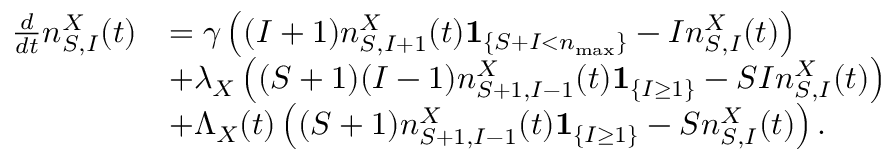
\begin{array} { r l } { \frac { d } { d t } n _ { S , I } ^ { X } ( t ) } & { = \gamma \left( ( I + 1 ) n _ { S , I + 1 } ^ { X } ( t ) \mathbf { 1 } _ { \left\{ S + I < n _ { \operatorname* { m a x } } \right\} } - I n _ { S , I } ^ { X } ( t ) \right) } \\ & { + \lambda _ { X } \left( ( S + 1 ) ( I - 1 ) n _ { S + 1 , I - 1 } ^ { X } ( t ) \mathbf { 1 } _ { \left\{ I \geq 1 \right\} } - S I n _ { S , I } ^ { X } ( t ) \right) } \\ & { + \Lambda _ { X } ( t ) \left( ( S + 1 ) n _ { S + 1 , I - 1 } ^ { X } ( t ) \mathbf { 1 } _ { \left\{ I \geq 1 \right\} } - S n _ { S , I } ^ { X } ( t ) \right) . } \end{array}